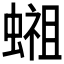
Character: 𬠢